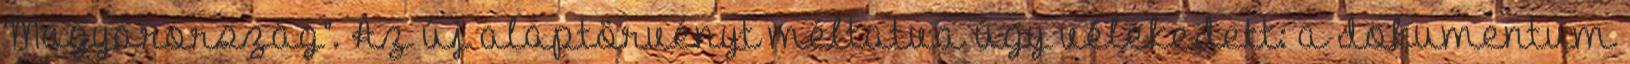
Magyarország”. Az új alaptörvényt méltatva úgy vélekedett: a dokumentum